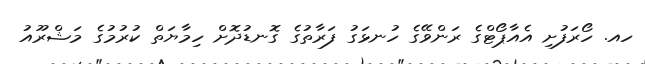
ހއ. ހޯރަފުށި އެއާޕޯޓްގެ ރަންވޭގެ ހުނޅަގު ފަރާތުގެ ގޮނޑުދޮށް ހިމާޔަތް ކުރުމުގެ މަޝްރޫއު